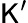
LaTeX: \mathsf{K}^{\prime}